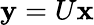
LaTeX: {\mathbf y}=U{\mathbf x}